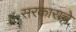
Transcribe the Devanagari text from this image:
सरकाराचे